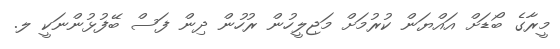
މީރާގެ ބޯޑަށް އައްޔަން ކުރުމަށް މަޖިލީހުން ރުހުން ދިން ފަސް ބޭފުޅުންނަކީ ލ.